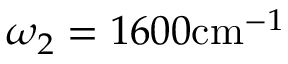
\omega _ { 2 } = 1 6 0 0 \mathrm { c m } ^ { - 1 }